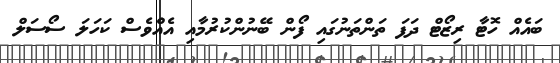
ބައެއް ހޮޓާ ރިޒޯޓް ދަފަ ތަންތަނުގައި ފޯން ބޭނުންކުރުމާއި އެއްެވެސް ކަހަަލަ ސޯސަލް